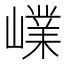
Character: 嶫